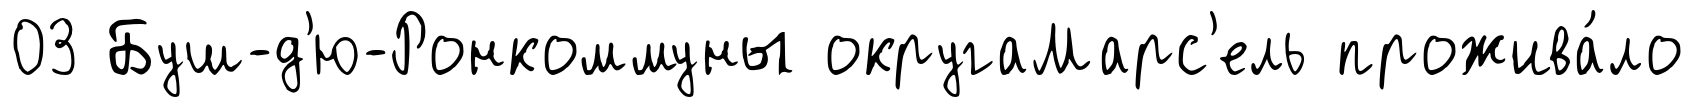
03 Буш-д'ю-Ронкоммуны округаМарс'ель прожива́ло